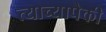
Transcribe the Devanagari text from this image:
त्याच्यापैकी